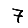
Digit: 7